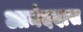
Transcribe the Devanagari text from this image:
आनंददास